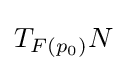
T_{F(p_{0})}N